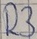
Text: R3